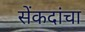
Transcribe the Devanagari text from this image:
सेंकदांचा